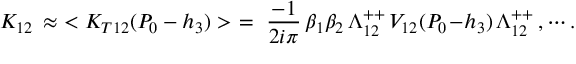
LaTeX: K _ { 1 2 } \, \approx \, \, < K _ { T 1 2 } ( P _ { 0 } - h _ { 3 } ) > \, \, = \, \, { \frac { - 1 } { 2 i \pi } } \, \beta _ { 1 } \beta _ { 2 } \, \Lambda _ { 1 2 } ^ { + + } \, V _ { 1 2 } ( P _ { 0 } \! - \! h _ { 3 } ) \, \Lambda _ { 1 2 } ^ { + + } \, , \cdots .